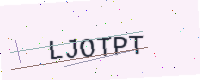
Text: LJOTPT